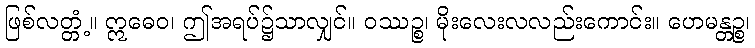
ဖြစ်လတ္တံ့။ ဣဓေဝ၊ ဤအရပ်၌သာလျှင်။ ဝဿဉ္စ၊ မိုးလေးလလည်းကောင်း။ ဟေမန္တဉ္စ၊